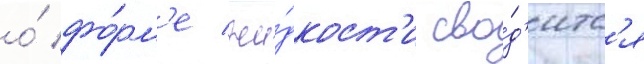
о́ фо́рм'е жи́дкост'и сво́д'итс'я